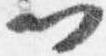
門